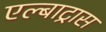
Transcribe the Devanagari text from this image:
एल्बाट्रास